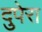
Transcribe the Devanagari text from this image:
दुपेरा